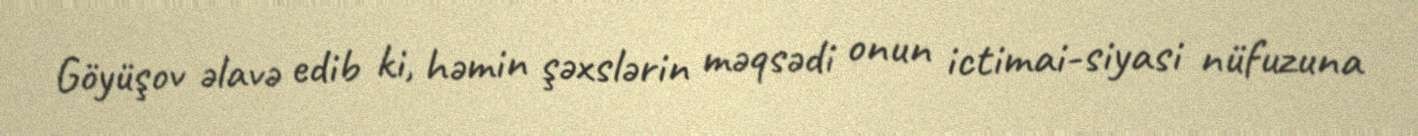
Göyüşov əlavə edib ki, həmin şəxslərin məqsədi onun ictimai-siyasi nüfuzuna